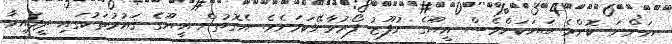
އަންނަ ކޮންމެ ބަޔަކަށްވެސް އީޔޫގެ ނުފޫޒު ފޯރުވާނޭކަމަށެވެ. އެގޮތުން އީޔޫގެ ޤައުމުތަކުގައި ދީފައިވާ